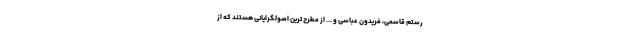
رستم قاسمی، فریدون عباسی و ... از مطرح ترین اصولگرایانی هستند که از